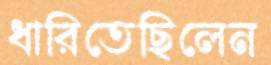
ধারিতেছিলেন